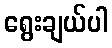
ရွေးချယ်ပါ